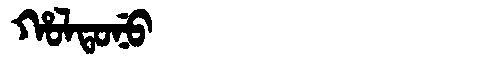
Manchu: ᡥᠣᠯᡨᠣᠨᡠ
Romanization: HOLTONU